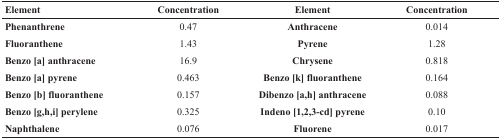
| Element | Concentration | Element | Concentration |
 | --- | --- | --- | --- |
 | Phenanthrene | 0.47 | Anthracene | 0.014 |
 | Fluoranthene | 1.43 | Pyrene | 1.28 |
 | Benzo [a] anthracene | 16.9 | Chrysene | 0.818 |
 | Benzo [a] pyrene | 0.463 | Benzo [k] fluoranthene | 0.164 |
 | Benzo [b] fluoranthene | 0.157 | Dibenzo [a,h] anthracene | 0.088 |
 | Benzo [g,h,i] perylene | 0.325 | Indeno [1,2,3-cd] pyrene | 0.10 |
 | Naphthalene | 0.076 | Fluorene | 0.017 |